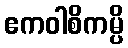
ဧကဝါစိကမ္ပိ